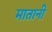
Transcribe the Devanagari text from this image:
मातानी